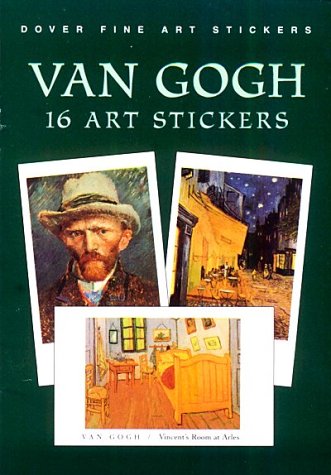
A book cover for Van Gogh: 16 Art Stickers (Dover Art Stickers); Vincent Van Gogh; Arts & Photography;